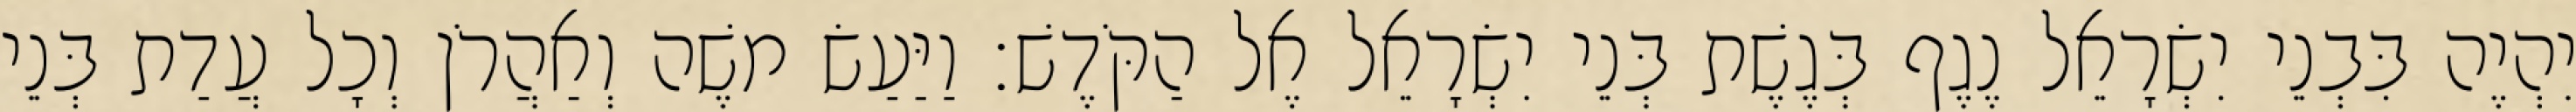
יִהְיֶה בִּבְנֵי יִשְׂרָאֵל נֶגֶף בְּגֶשֶׁת בְּנֵי יִשְׂרָאֵל אֶל הַקֹּדֶשׁ׃ וַיַּעַשׂ משֶׁה וְאַהֲרֹן וְכָל עֲדַת בְּנֵי